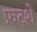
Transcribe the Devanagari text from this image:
फ्रट्शे